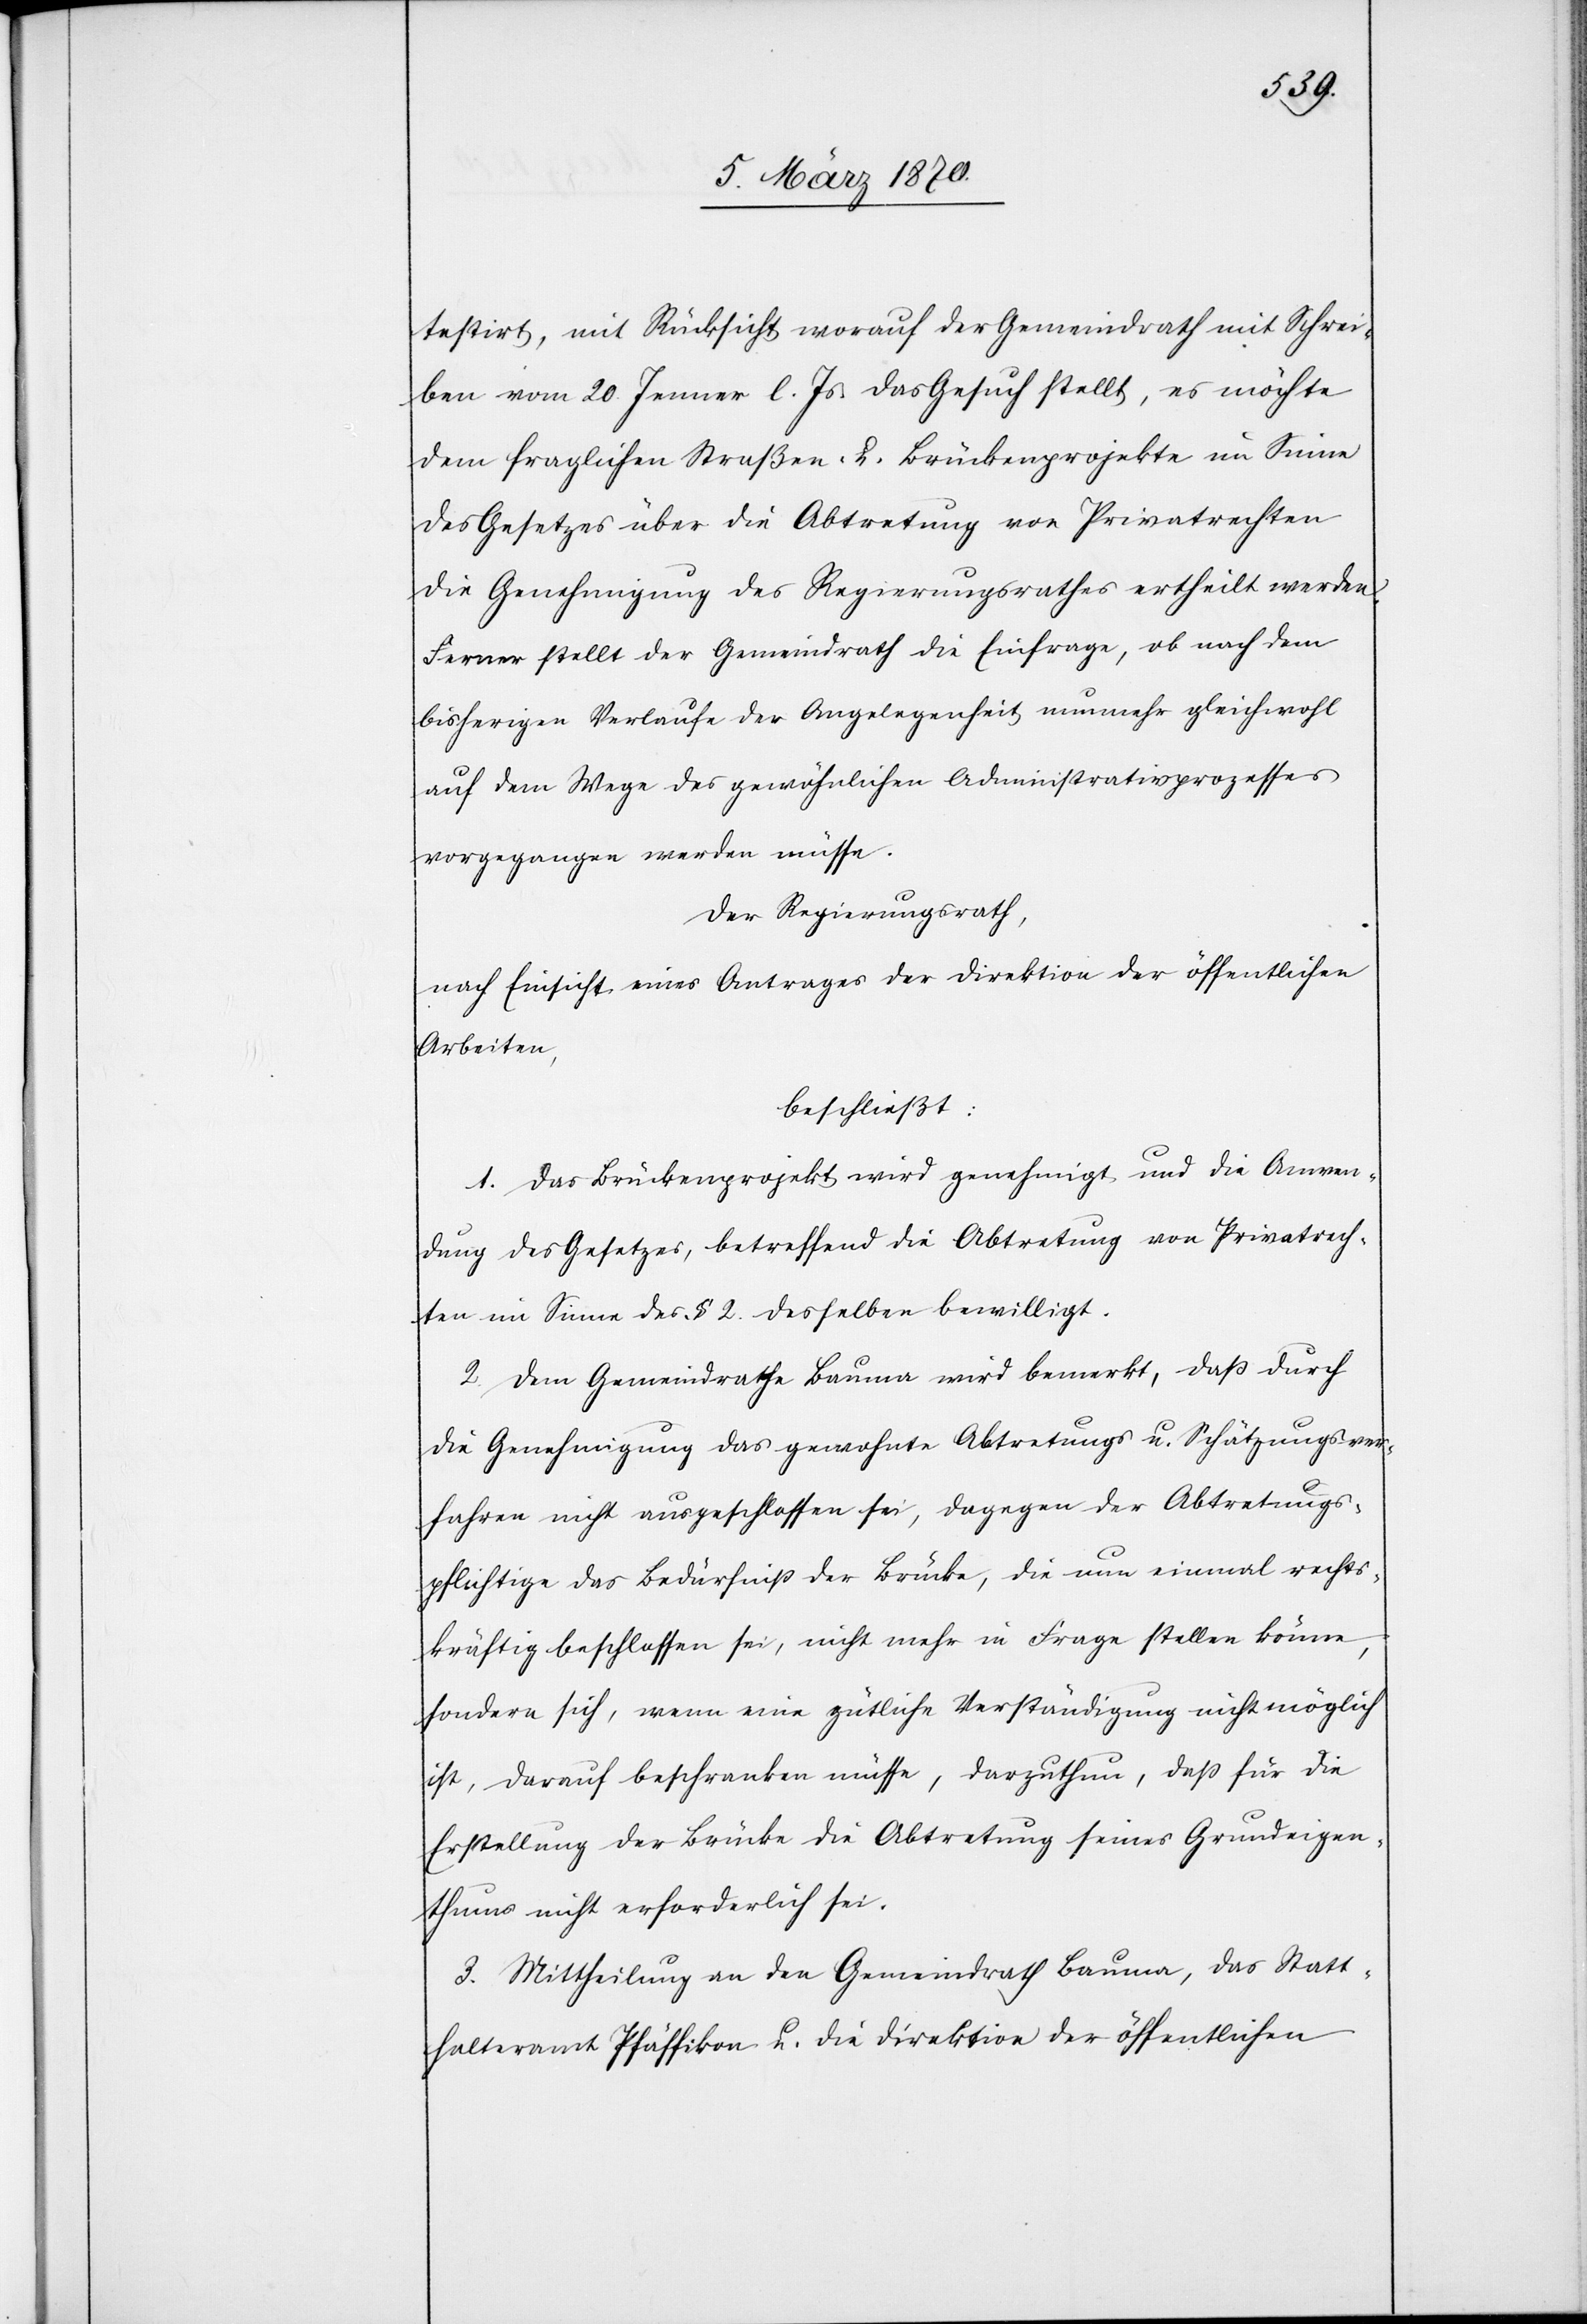
testirt, mit Rücksicht worauf der Gemeindrath mit Schrei¬
ben vom 20. Jenner l. Js das Gesuch stellt, es möchte
dem fraglichen Straßen- u. Brückenprojekte im Sinne
des Gesetzes über die Abtretung von Privatrechten
die Genehmigung des Regierungsrathes ertheilt werden.
Ferner stellt der Gemeindrath die Einfrage, ob nach dem
bisherigen Verlaufe der Angelegenheit nunmehr gleichwohl
auf dem Wege des gewöhnlichen Administrationsprozesses
vorgegangen werden müsse.
Der Regierungsrath,
nach Einsicht eines Antrages der Direktion der öffentlichen
Arbeiten,
beschließt:
1. Das Brückenprojekt wird genehmigt und die Anwen¬
dung des Gesetzes, betreffend die Abtretung von Privatrech¬
ten im Sinne des § 2. desselben bewilligt.
2. Dem Gemeindrathe Bauma wird bemerkt, daß durch
die Genehmigung das gewohnte Abtretungs u. Schätzungsver¬
fahren nicht ausgeschlossen sei, dagegen der Abtretungs¬
pflichtige das Bedürfniß der Brücke, die nun einmal rechts¬
kräftig beschlossen sei, nicht mehr in Frage stellen könne,
sondern sich, wenn eine gütliche Verständigung nicht möglich
sei, darauf beschranken [sic!] müsse, darzuthun, daß für die
Erstellung der Brücke die Abtretung seines Grundeigen¬
thums nicht erforderlich sei.
3. Mittheilung an den Gemeindrath Bauma, das Statt¬
halteramt Pfäffikon u. die Direktion der öffentlichen